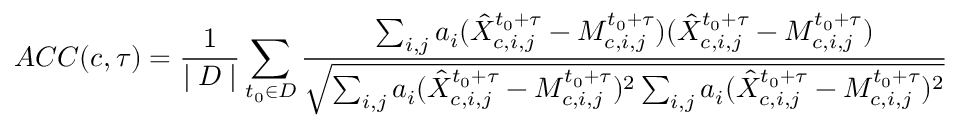
A C C ( c , \tau ) = \frac { 1 } { \mid D \mid } \sum _ { t _ { 0 } \in D } \frac { \sum _ { i , j } a _ { i } ( \hat { X } _ { c , i , j } ^ { t _ { 0 } + \tau } - M _ { c , i , j } ^ { t _ { 0 } + \tau } ) ( \hat { X } _ { c , i , j } ^ { t _ { 0 } + \tau } - M _ { c , i , j } ^ { t _ { 0 } + \tau } ) } { \sqrt { \sum _ { i , j } a _ { i } ( \hat { X } _ { c , i , j } ^ { t _ { 0 } + \tau } - M _ { c , i , j } ^ { t _ { 0 } + \tau } ) ^ { 2 } \sum _ { i , j } a _ { i } ( \hat { X } _ { c , i , j } ^ { t _ { 0 } + \tau } - M _ { c , i , j } ^ { t _ { 0 } + \tau } ) ^ { 2 } } }